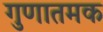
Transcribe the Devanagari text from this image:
गुणातमक